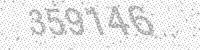
Solution: 359146